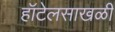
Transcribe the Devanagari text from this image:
हॉटेलसाखळी